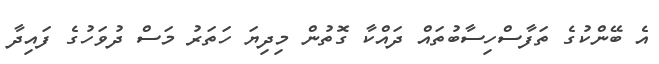
އެ ބޭންކުގެ ތަފާސްހިސާބުތައް ދައްކާ ގޮތުން މިދިޔަ ހަތަރު މަސް ދުވަހުގެ ފައިދާ